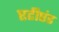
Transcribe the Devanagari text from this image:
एटीएंड